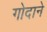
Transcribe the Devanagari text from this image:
गोदाने